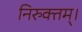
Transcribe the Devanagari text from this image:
निरुक्तम्।